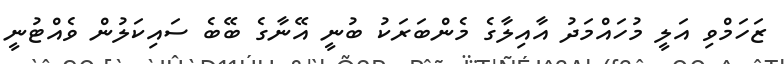
ޒަހަމްވި އަލީ މުހައްމަދު އާއިލާގެ މެންބަރަކު ބުނީ އޭނާގެ ބޭބެ ސައިކަލުން ވެއްޓުނީ